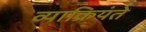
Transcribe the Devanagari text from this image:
व्याक्रियंते